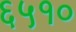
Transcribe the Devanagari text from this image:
६५१०